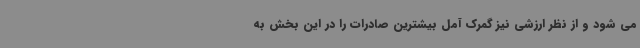
می شود و از نظر ارزشی نیز گمرک آمل بیشترین صادرات را در این بخش به